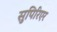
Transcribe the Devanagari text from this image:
सुपिरिएर